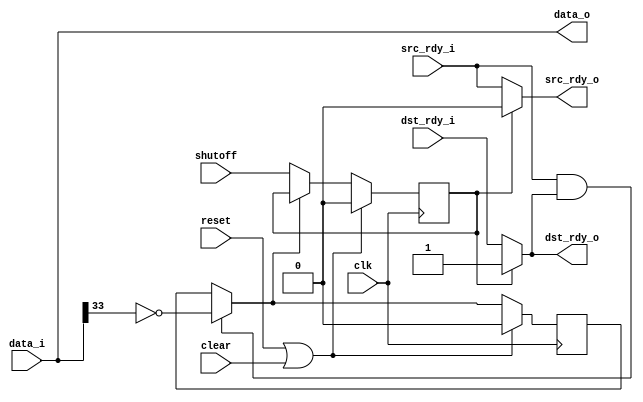
//
// Copyright 2011 Ettus Research LLC
//
// This program is free software: you can redistribute it and/or modify
// it under the terms of the GNU General Public License as published by
// the Free Software Foundation, either version 3 of the License, or
// (at your option) any later version.
//
// This program is distributed in the hope that it will be useful,
// but WITHOUT ANY WARRANTY; without even the implied warranty of
// MERCHANTABILITY or FITNESS FOR A PARTICULAR PURPOSE.  See the
// GNU General Public License for more details.
//
// You should have received a copy of the GNU General Public License
// along with this program.  If not, see <http://www.gnu.org/licenses/>.
//



module valve36
  (input clk, input reset, input clear,
   input shutoff,
   input [35:0] data_i, input src_rdy_i, output dst_rdy_o,
   output [35:0] data_o, output src_rdy_o, input dst_rdy_i);
   
   reg 		 shutoff_int, active;
   wire active_next = (src_rdy_i & dst_rdy_o)? ~data_i[33] : active;

   assign data_o = data_i;

   assign dst_rdy_o = shutoff_int ? 1'b1 : dst_rdy_i;
   assign src_rdy_o = shutoff_int ? 1'b0 : src_rdy_i;
   
   always @(posedge clk)
     if(reset | clear)
       active <= 0;
     else
       active <= active_next;
   
   always @(posedge clk)
     if(reset | clear)
       shutoff_int <= 0;
     else if(~active_next)
       shutoff_int <= shutoff;
   
endmodule // valve36